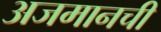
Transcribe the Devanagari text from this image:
अजमानची